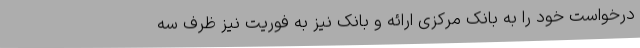
درخواست خود را به بانک مرکزی ارائه و بانک نیز به فوریت نیز ظرف سه